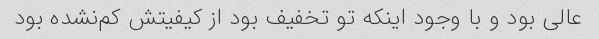
عالی بود و با وجود اینکه تو تخفیف بود از کیفیتش کم‌نشده بود